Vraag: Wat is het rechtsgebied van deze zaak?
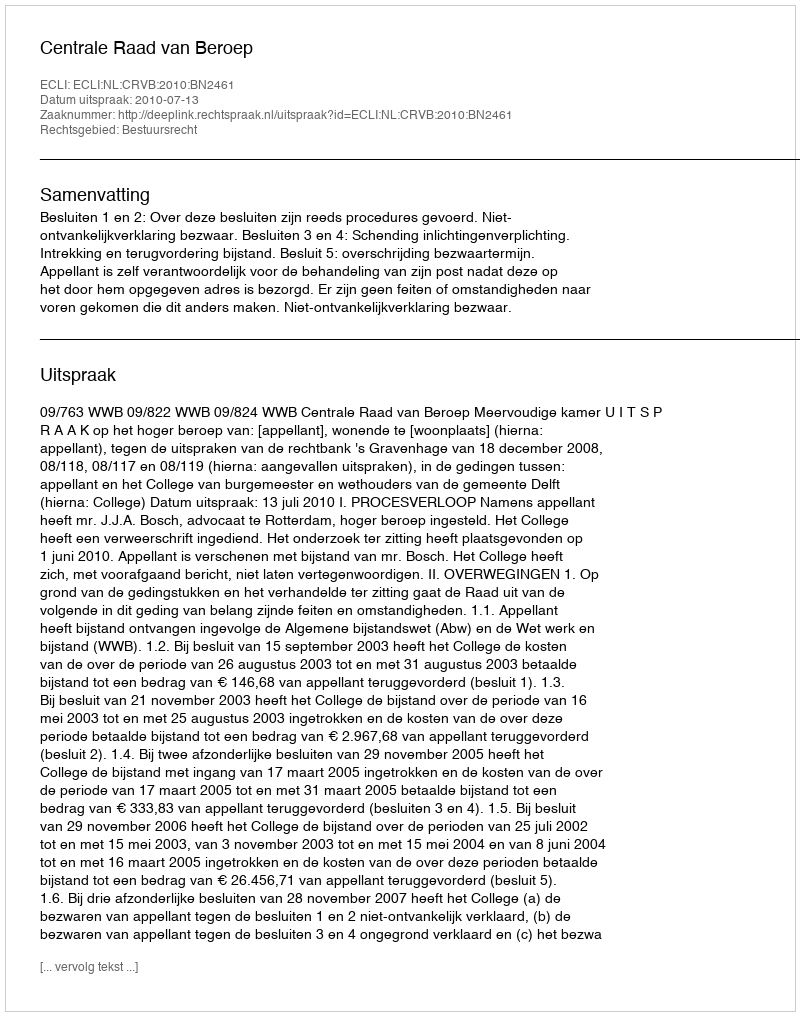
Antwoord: Bestuursrecht